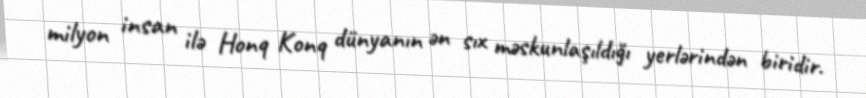
milyon insan ilə Honq Konq dünyanın ən sıx məskunlaşıldığı yerlərindən biridir.